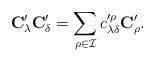
LaTeX: \begin{align*}\mathbf{C}'_\lambda\mathbf{C}'_\delta=\sum_{\rho\in \mathcal{I}}c'^\rho_{\lambda\delta}\mathbf{C}'_\rho.\end{align*}